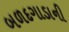
બળદગાડાની